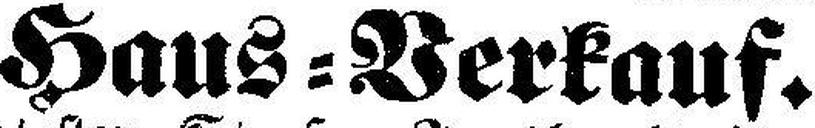
Haus=Verkauf.